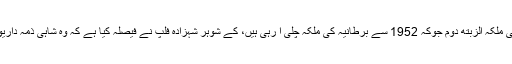
غیر ملکی ذرائع ابلاغ کے مطابق برطانیہ کی ملکہ الزبتھ دوم جوکہ 1952 سے برطانیہ کی ملکہ چلی آ رہی ہیں، کے شوہر شہزادہ فلپ نے فیصلہ کیا ہے کہ وہ شاہی ذمہ داریوں اور تمام معاملات سے الگ ہو جائیں گے۔